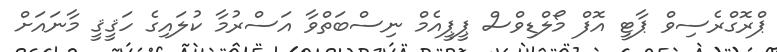
ޕްރޮގްރެސިވް ޕާޓީ އޮފް މޯލްޑިވްސް ޕީޕީއެމް ނިސްބަތްވާ އަސްރުމާ ކުލައިގެ ހަޤީޤީ މާނައަށް